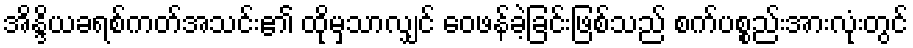
အိန္ဒိယခရစ်ကတ်အသင်း၏ ထိုမှသာလျှင် ဝေဖန်ခဲ့ခြင်းဖြစ်သည် စက်ပစ္စည်းအားလုံးတွင်